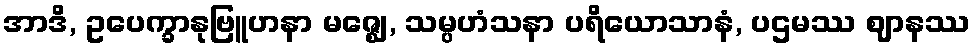
အာဒိ, ဥပေက္ခာနုဗြူဟနာ မဇ္ဈေ, သမ္ပဟံသနာ ပရိယောသာနံ, ပဌမဿ ဈာနဿ